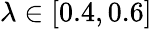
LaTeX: \lambda\in\left[0.4,0.6\right]